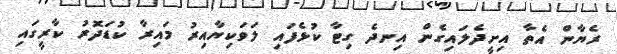
ރެޔާން އެތާ އިށީދެލައިގެން އިނދެ ގިޓާ ކުޅެފައި ލަވަކިޔާއިރު މައިރާ ކުޑަދޮރު ކާރީގައި